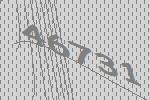
46731